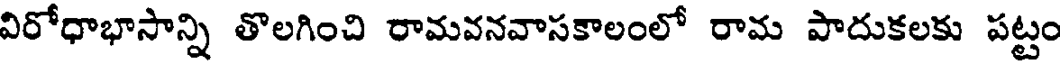
విరోధాభాసాన్ని తొలగించి రామవనవాసకాలంలో రామ పాదుకలకు పట్టం